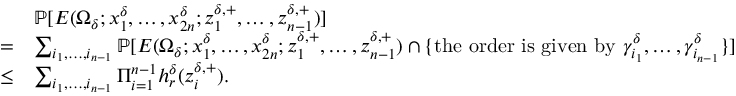
\begin{array} { r l } & { \mathbb { P } [ E ( \Omega _ { \delta } ; x _ { 1 } ^ { \delta } , \ldots , x _ { 2 n } ^ { \delta } ; z _ { 1 } ^ { \delta , + } , \ldots , z _ { n - 1 } ^ { \delta , + } ) ] } \\ { = } & { \sum _ { i _ { 1 } , \ldots , i _ { n - 1 } } \mathbb { P } [ E ( \Omega _ { \delta } ; x _ { 1 } ^ { \delta } , \ldots , x _ { 2 n } ^ { \delta } ; z _ { 1 } ^ { \delta , + } , \ldots , z _ { n - 1 } ^ { \delta , + } ) \cap \{ \mathrm { t h e ~ o r d e r ~ i s ~ g i v e n ~ b y ~ } \gamma _ { i _ { 1 } } ^ { \delta } , \ldots , \gamma _ { i _ { n - 1 } } ^ { \delta } \} ] } \\ { \le } & { \sum _ { i _ { 1 } , \ldots , i _ { n - 1 } } \Pi _ { i = 1 } ^ { n - 1 } h _ { r } ^ { \delta } ( z _ { i } ^ { \delta , + } ) . } \end{array}